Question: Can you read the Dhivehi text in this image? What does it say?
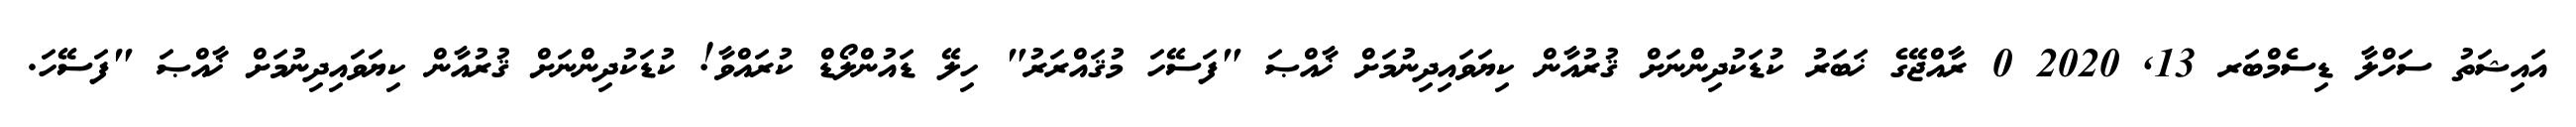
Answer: އައިޝަތު ސަހްލާ ޑިސެމްބަރ 13, 2020 0 ރާއްޖޭގެ ޚަބަރު ކުޑަކުދިންނަށް ޤުރުއާން ކިޔަވައިދިނުމަށް ޚާއްޞަ "ފަސޭހަ މުޤައްރަރު" ހިލޭ ޑައުންލޯޑް ކުރައްވާ! ކުޑަކުދިންނަށް ޤުރުއާން ކިޔަވައިދިނުމަށް ޚާއްޞަ "ފަސޭހަ.